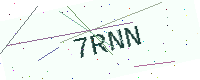
Text: 7RNN